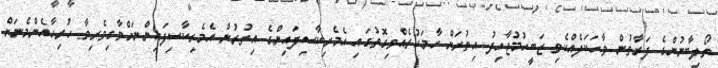
ތޯލިބާނުންގެ ފަރާތުން ވާހަކަދެއްކެވި ޒަބީހުމުޖާހިދު އިތުރަށް ހާމަކުރެއްވިގޮތުގައި އެމެރިކާސިފައިންގެ އިތުރުން އެމެރިކާސިފައިންނަށްވާގިވެރިވާ ހުރިހާއެންމެނަށް